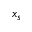
x _ { s }